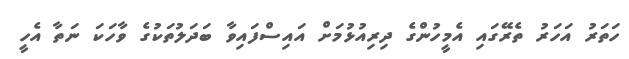
ހަތަރު އަހަރު ތެރޭގައި އެމީހުންގެ ދިރިއުޅުމަށް އައިސްފައިވާ ބަދަލުތަކުގެ ވާހަކަ ނަތާ އެހީ